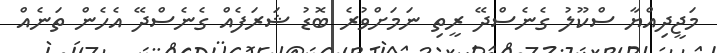
މަޖީދިއްޔާ ސްކޫލު ގެނެސްދޭ ރީތި ނަމަށްވުރެ ބޮޑު ޝަރަފެއް ގެނެސްދޭ އެހެން ތަނެއް